Reports on military cantonments and civil stations in the Presidency of Bombay inspected by the Sanitary Commissioner in the years 1875 and 1876
Year: 1875
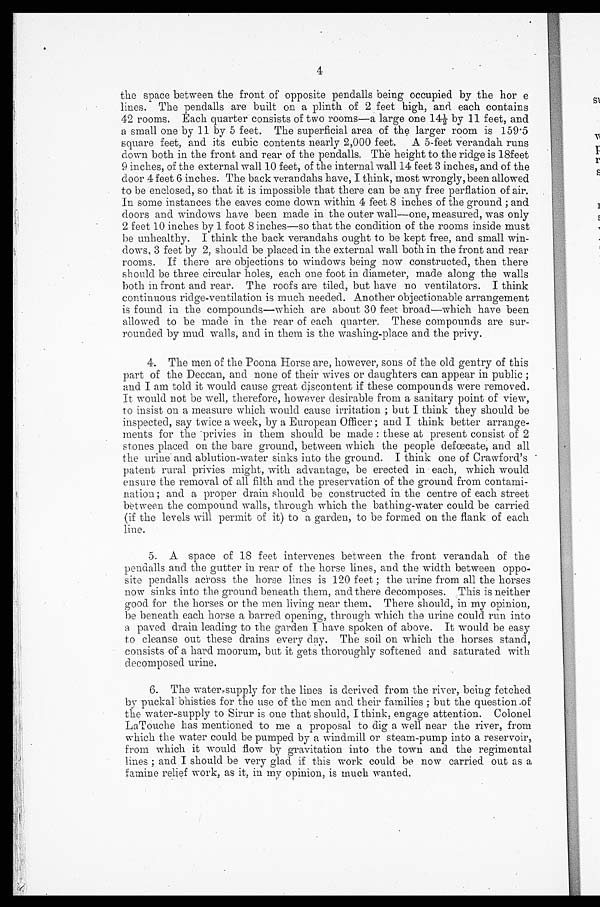
4
the space between the front of opposite pendalls being occupied by the hor e
lines.The
pendalls are built on a plinth of 2 feet high, and each contains
42 rooms. Each quarter consists of two rooms—a large one 14½ by 11 feet, and
a small one by 11 by 5 feet. The superficial area of the larger room is 159.5
square feet, and its cubic contents nearly 2,000 feet. A 5-feet verandah runs
down both in the front and rear of the pendalls. The height to the ridge is 18feet
9 inches, of the external wall 10 feet, of the internal wall 14 feet 3 inches, and of the
door 4 feet 6 inches. The back verandahs have, I think, most wrongly, been allowed
to be enclosed, so that it is impossible that there can be any free perfiation of air.
In some instances the eaves come down within 4 feet 8 inches of the ground; and
doors and windows have been made in the outer wall—one, measured, was only
2 feet 10 inches by 1 foot 8 inches—so that the condition of the rooms inside must
be unhealthy. I think the back verandahs ought to be kept free, and small win-
dows, 3 feet by 2, should be placed in the external wall both in the front and rear
rooms. If there are objections to windows being now constructed, then there
should be three circular holes, each one foot in diameter, made along the walls
both in front and rear. The roofs are tiled, but have no ventilators. I think
continuous ridge-ventilation is much needed. Another objectionable arrangement
is found in the compounds—which are about 30 feet broad—which have been
allowed to be made in the rear of each quarter. These compounds are sur-
rounded by mud walls, and in them is the washing-place and the privy.
4. The men of the Poona Horse are, however, sons of the old gentry of this
part of the Deccan, and none of their wives or daughters can appear in public;
and I am told it would cause great discontent if these compounds were removed.
It would not be well, therefore, however desirable from a sanitary point of view,
to insist on a measure which would cause irritation; but I think they should be
inspected, say twice a week, by a European Officer; and I think better arrange-
ments for the privies in them should be made: these at present consist of 2
stones placed on the bare ground, between which the people defoecate, and all
the urine and ablution-water sinks into the ground. I think one of Crawford's
patent rural privies might, with advantage, be erected in each, which would
ensure the removal of all filth and the preservation of the ground from contami-
nation ; and a proper drain should be constructed in the centre of each street
between the compound walls, through which the bathing-water could be carried
(if the levels will permit of it) to a garden, to be formed on the flank of each
line.
5. A space of 18 feet intervenes between the front verandah of the
pendalls and the gutter in rear of the horse lines, and the width between oppo-
site pendalls across the horse lines is 120 feet; the urine from all the horses
now sinks into the ground beneath them, and there decomposes. This is neither
good for the horses or the men living near them. There should, in my opinion,
be beneath each horse a barred opening, through which the urine could run into
a paved drain leading to the garden I have spoken of above. It would be easy
to cleanse out these drains every day. The soil on which the horses stand,
consists of a hard moorum, but it gets thoroughly softened and saturated with
decomposed urine.
6. The water-supply for the lines is derived from the river, being fetched
by puckal bhisties for the use of the men and their families; but the question of
the water-supply to Sirur is one that should, I think, engage attention. Colonel
LaTouche has mentioned to me a proposal to dig a well near the river, from
which the water could be pumped by a windmill or steam-pump into a reservoir,
from which it would flow by gravitation into the town and the regimental
lines; and I should be very glad if this work could be now carried out as a
famine relief work, as it, in my opinion, is much wanted.